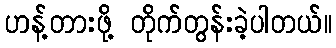
ဟန့်တားဖို့ တိုက်တွန်းခဲ့ပါတယ်။